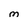
Character: M